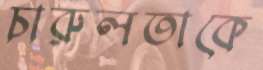
চারুলতাকে